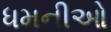
ધમનીઓ